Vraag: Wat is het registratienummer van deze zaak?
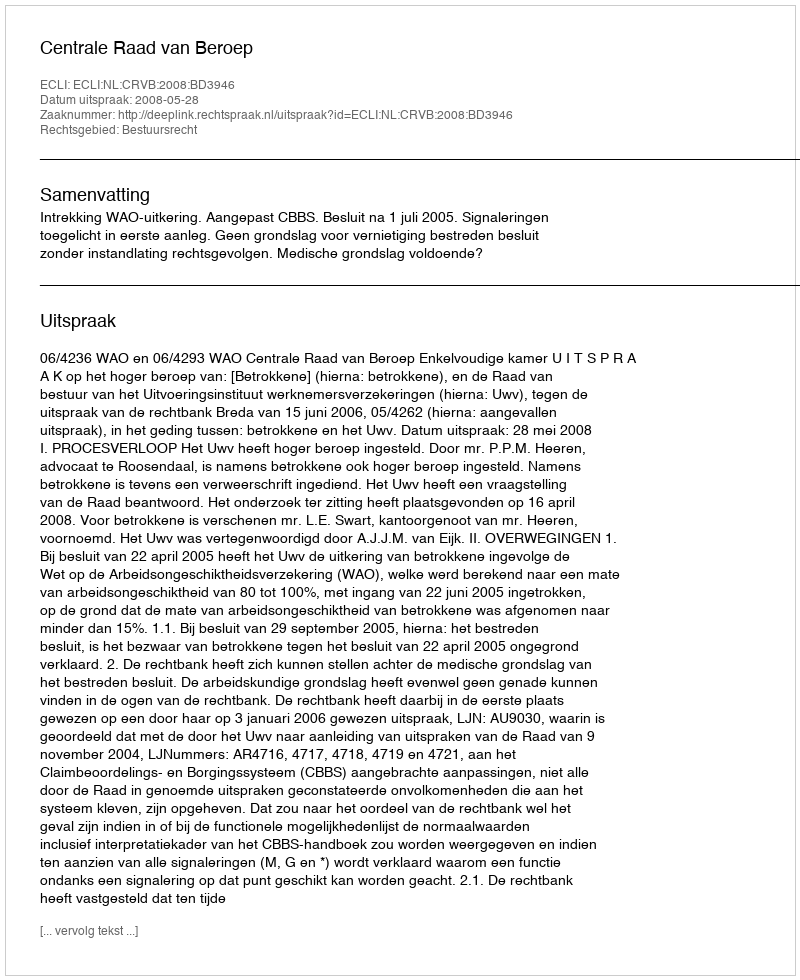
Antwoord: http://deeplink.rechtspraak.nl/uitspraak?id=ECLI:NL:CRVB:2008:BD3946